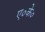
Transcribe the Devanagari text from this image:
ए०के०